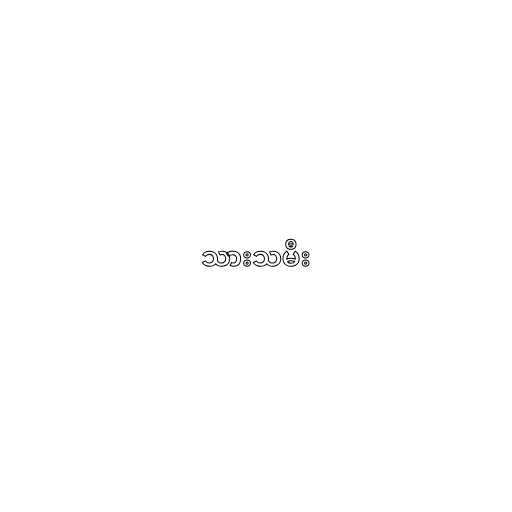
သားသမီး